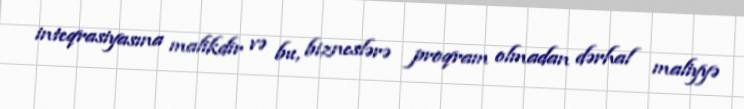
inteqrasiyasına malikdir və bu, bizneslərə proqram olmadan dərhal maliyyə